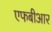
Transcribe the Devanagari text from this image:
एफबीआर